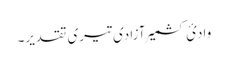
وادئ کشمیر آزادی تیری تقدیر۔